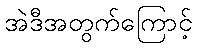
အဲဒီအတွက်ကြောင့်